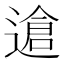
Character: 䢢